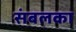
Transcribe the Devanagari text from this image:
संबलका